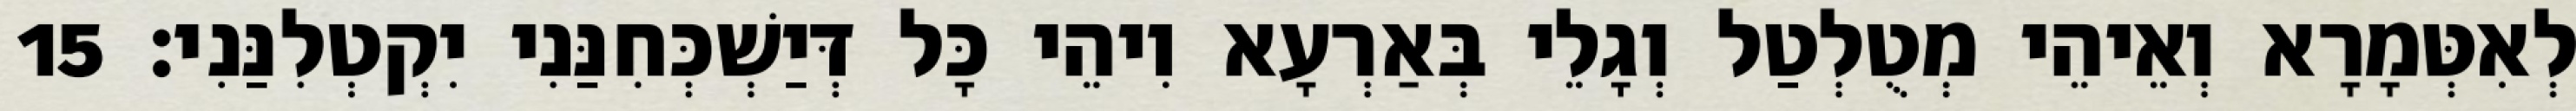
לְאִטְּמָרָא וְאֵיהֵי מְטֻלְטַל וְגָלֵי בְּאַרְעָא וִיהֵי כָּל דְּיַשְׁכְּחִנַּנִי יִקְטְלִנַּנִי׃ 15